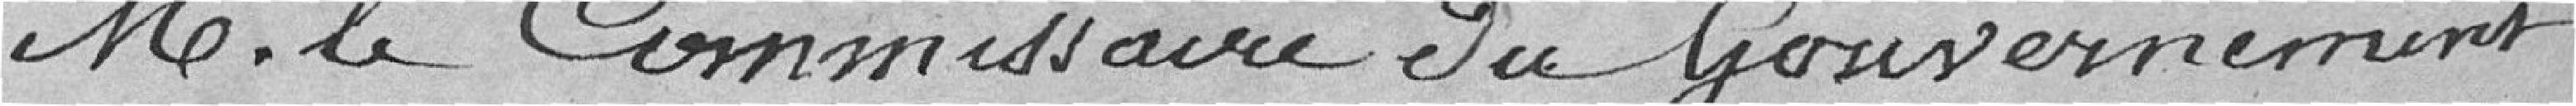
M. le Commissaire du Gouvernement